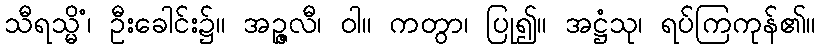
သီရသ္မိံ၊ ဦးခေါင်း၌။ အဉ္ဇလီ၊ ဝါ။ ကတွာ၊ ပြု၍။ အဋ္ဌံသု၊ ရပ်ကြကုန်၏။